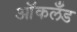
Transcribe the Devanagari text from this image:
आॅकलँड